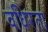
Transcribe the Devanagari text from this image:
वधिरता